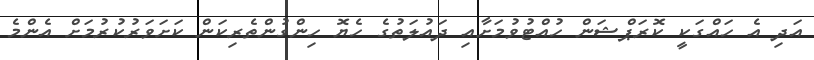
އަދި އެ ހައްގަކީ ކޮރަޕްޝަން ހުއްޓުވުމަށާއި ދައުލަތުގެ ހެޔޮ ހިންގުންތެރިކަން ކަށަވަރުކުރުމަށް އެންމެ